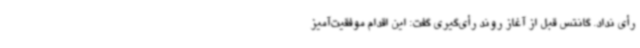
رأی نداد. گانتس قبل از آغاز روند رأی‌گیری گفت: این اقدام موفقیت‌آمیز